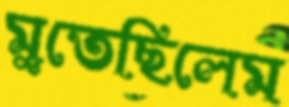
মুতেছিলেম